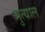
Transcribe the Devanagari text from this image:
मुत्याल